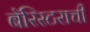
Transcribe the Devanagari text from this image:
बॅरिस्टराची